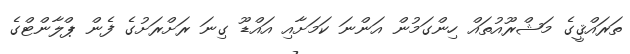
ތަރައްޤީގެ މަޝްރޫއުތައް ހިންގަމުން އަންނަ ކަމަށާއި އައްޑޫ ގިނަ ރަށްރަށުގެ ފެން ޕްލާންޓްގެ